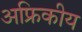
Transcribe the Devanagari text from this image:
अफ्रिकीय